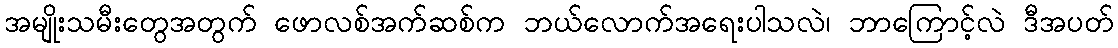
အမျိုးသမီးတွေအတွက် ဖောလစ်အက်ဆစ်က ဘယ်လောက်အရေးပါသလဲ၊ ဘာကြောင့်လဲ ဒီအပတ်